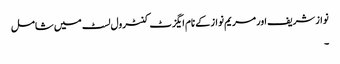
نواز شریف اور مریم نواز کے نام ایگزٹ کنٹرول لسٹ میں شامل
۔